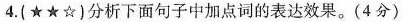
还有一些动物类群虽然体型较小，但也能比其他4.(★★☆)分析下面句子中加点词的表达效果。(4分)